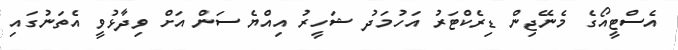
އެސްޓީއޯގެ މެނޭޖިން ޑިރެކްޓަރު އަހުމަދު ޝަހީރު އިއްޔެ ސަން އަށް ވިދާޅުވީ އެތަނުގައި